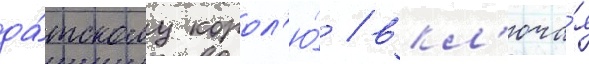
да́тскому корол'ю́ / вкл'юча́я